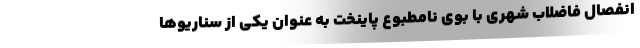
انفصال فاضلاب شهری با بوی نامطبوع پاینخت به عنوان یکی از سناریوها